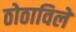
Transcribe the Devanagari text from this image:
ठोठाविले